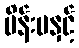
မိန်းမနှင့်